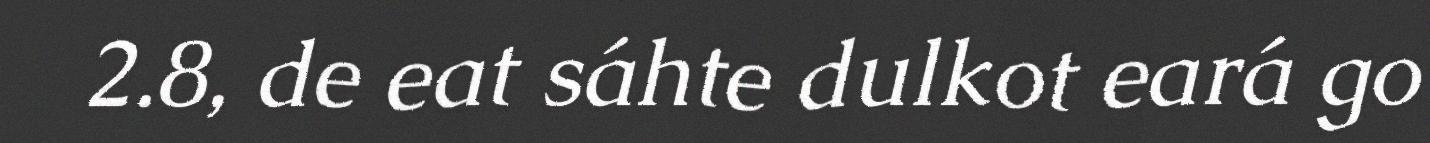
2.8, de eat sáhte dulkot eará go